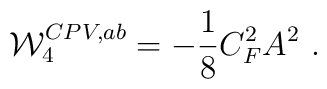
{\cal W}_4^{CPV,ab}= -{1\over 8}C_F^2 A^2\ .